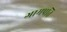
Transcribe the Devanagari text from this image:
ग्रामपति